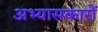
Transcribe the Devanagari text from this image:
अभ्‍यासकारों